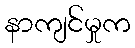
နာကျင်မှုက